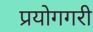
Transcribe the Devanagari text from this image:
प्रयोगगरी